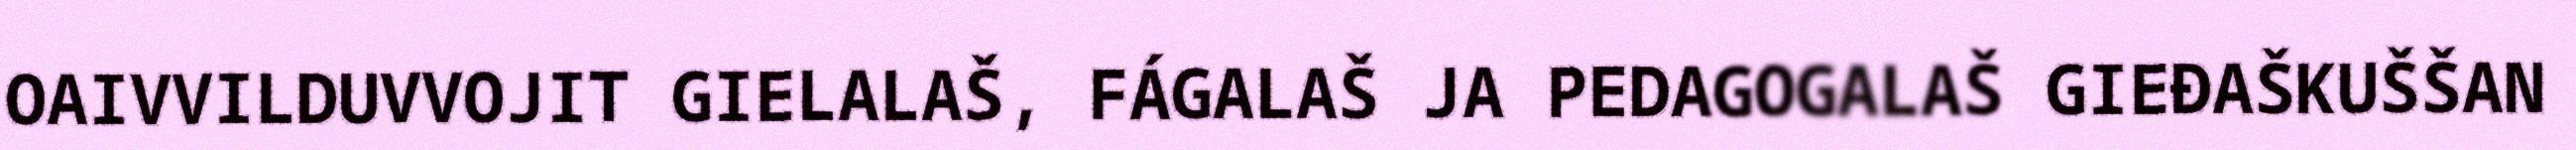
OAIVVILDUVVOJIT GIELALAŠ, FÁGALAŠ JA PEDAGOGALAŠ GIEĐAŠKUŠŠAN